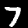
Label: 7